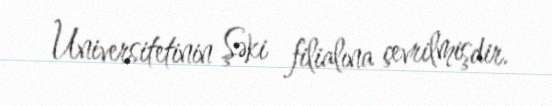
Universitetinin Şəki filialına çevrilmişdir.